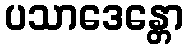
ပသာဒေန္တော